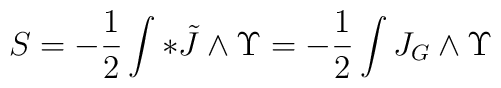
S=  -\frac{1}{2} \int * \tilde{J} \wedge \Upsilon =-\frac{1}{2} \int  J_G \wedge \Upsilon